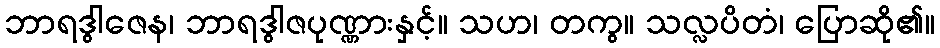
ဘာရဒွါဇေန၊ ဘာရဒွါဇပုဏ္ဏားနှင့်။ သဟ၊ တကွ။ သလ္လပိတံ၊ ပြောဆို၏။